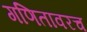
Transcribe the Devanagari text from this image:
गणितावरच